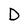
Character: D